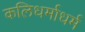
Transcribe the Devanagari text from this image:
कलिधर्माधर्म